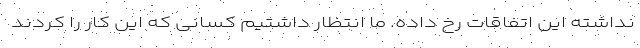
نداشته این اتفاقات رخ داده. ما انتظار داشتیم کسانی که این کار را کردند